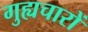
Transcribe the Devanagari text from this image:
गुह्यचारों